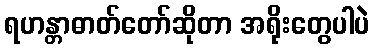
ရဟန္တာဓာတ်တော်ဆိုတာ အရိုးတွေပါပဲ